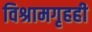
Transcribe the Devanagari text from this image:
विश्रामगृहही